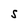
Character: S